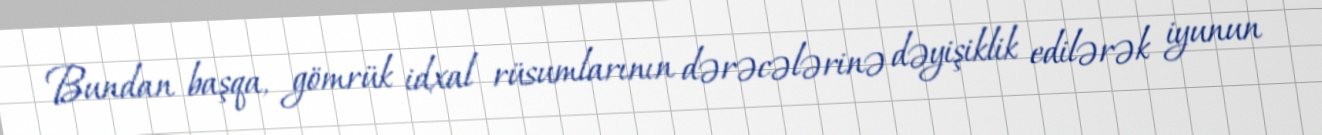
Bundan başqa, gömrük idxal rüsumlarının dərəcələrinə dəyişiklik edilərək iyunun